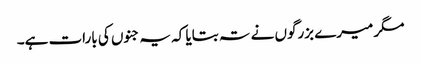
مگر میرے بزرگوں نے تہ بتایا کہ یہ جنوں کی بارات ہے۔